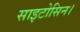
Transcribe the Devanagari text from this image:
साइटोसिन।